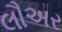
લૌઅર